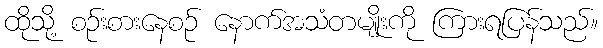
ထိုသို့ စဉ်းစားနေစဉ် နောက်အသံတမျိုးကို ကြားရပြန်သည်။